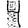
Digit: 4